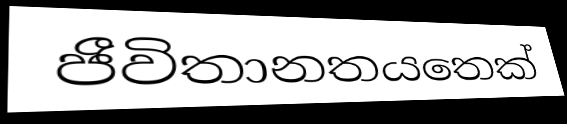
ජීවිතානතයතෙක්